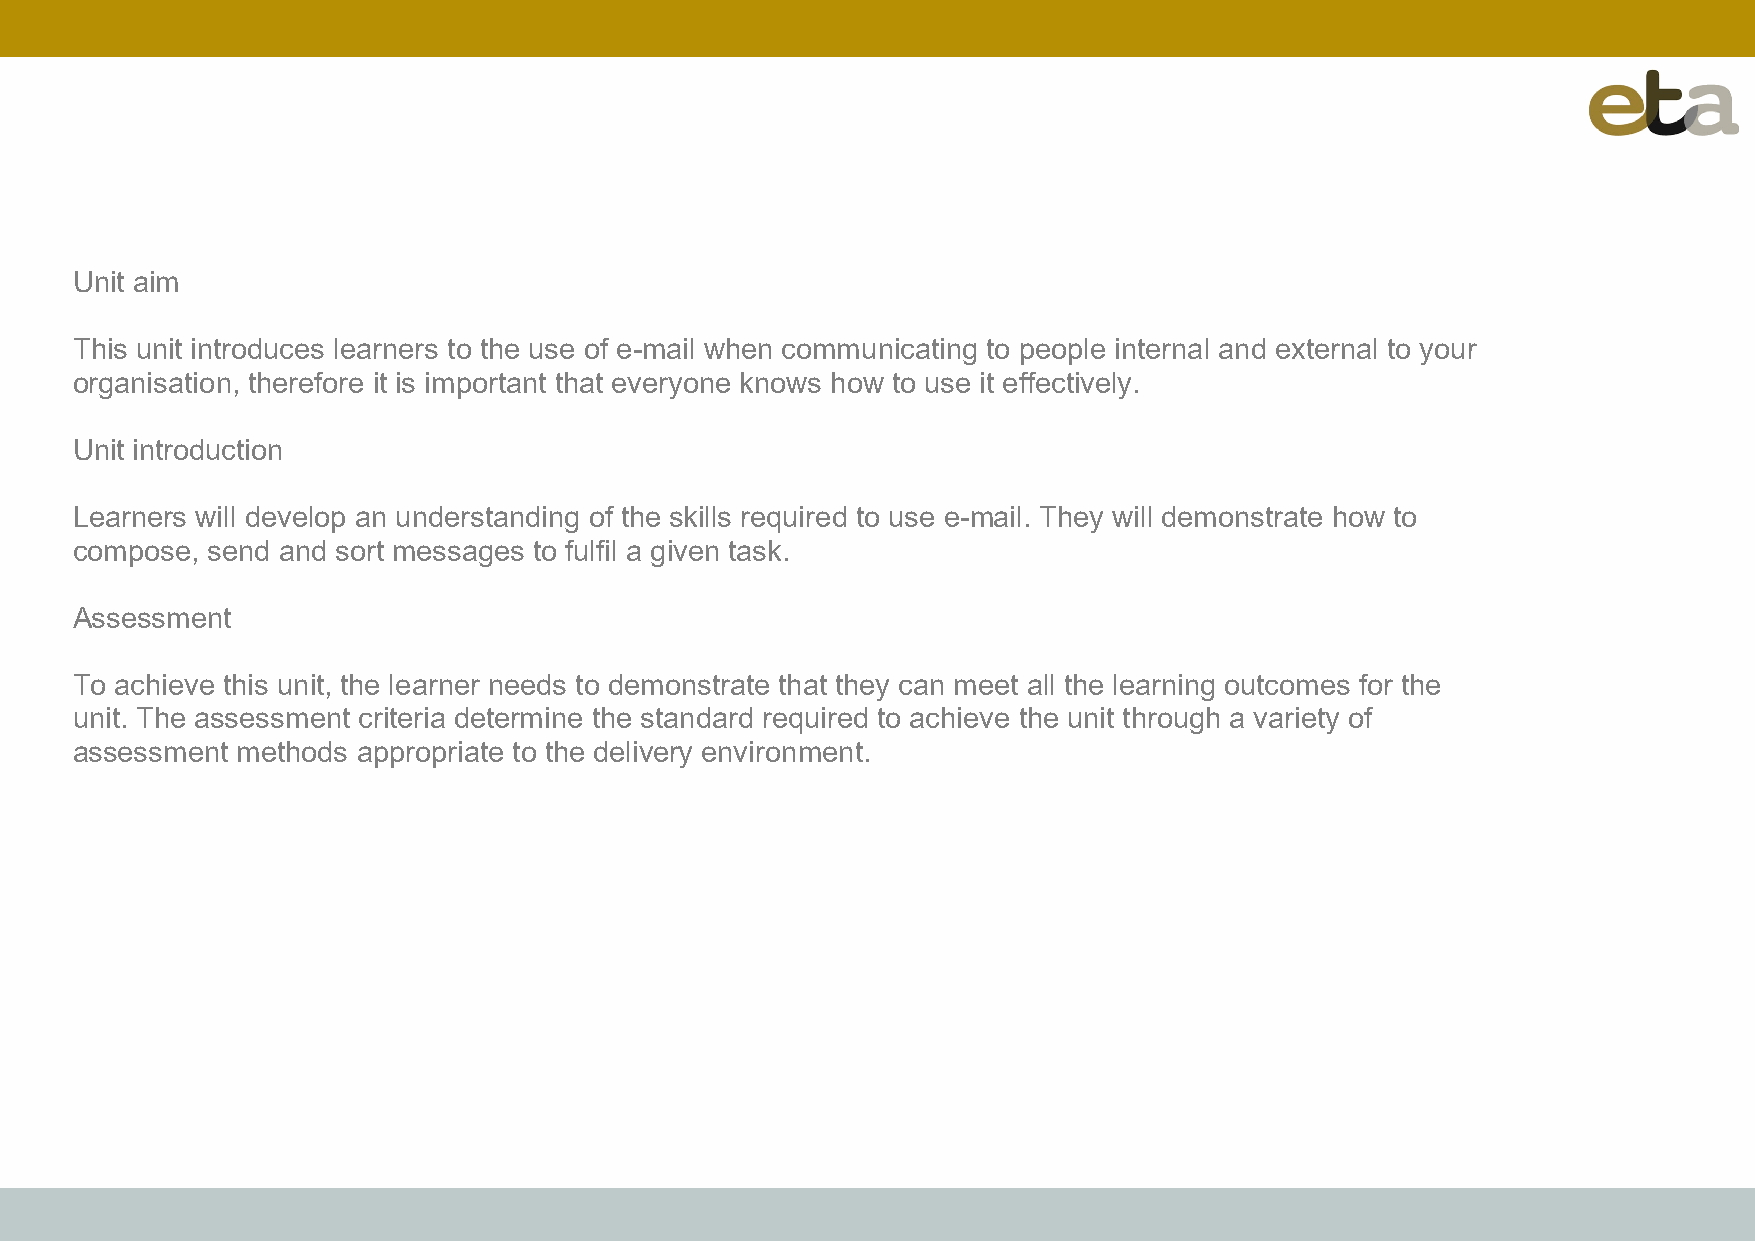
Unit aim
 This unit introduces learners to the use of e-mail when communicating to people internal and external to your
 organisation, therefore it is important that everyone knows how to use it effectively.
 Unit introduction
 Learners will develop an understanding of the skills required to use e-mail. They will demonstrate how to
 compose, send and sort messages to fulfil a given task.
 Assessment
 To achieve this unit, the learner needs to demonstrate that they can meet all the learning outcomes for the
 unit. The assessment criteria determine the standard required to achieve the unit through a variety of
 assessment methods appropriate to the delivery environment.